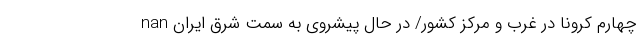
چهارم کرونا در غرب و مرکز کشور/ در حال پیشروی به سمت شرق ایران nan